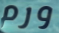
ورم